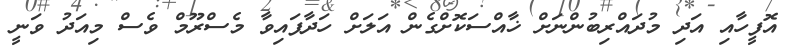
އޮފީހާއި އަދި މުދައްރިބުންނަށް ޚާއްސަކޮށްގެން އަލަށް ހަދާފައިވާ މެސްރޫމް ވެސް މިއަދު ވަނީ